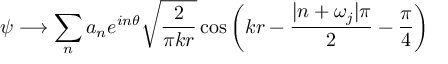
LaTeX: \psi \longrightarrow \sum _ { n } a _ { n } e ^ { i n \theta } \sqrt { \frac { 2 } { \pi k r } } \cos \left( k r - \frac { | n + \omega _ { j } | \pi } { 2 } - \frac { \pi } { 4 } \right)